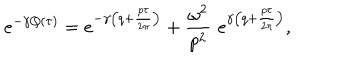
LaTeX: e ^ { - \gamma Q ( \tau ) } = e ^ { - \gamma \left( q + \frac { p \tau } { 2 \pi } \right) } + \frac { \omega ^ { 2 } } { p ^ { 2 } } \, \, e ^ { \gamma \left( q + \frac { p \tau } { 2 \pi } \right) } ,